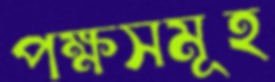
পক্ষসমূহ